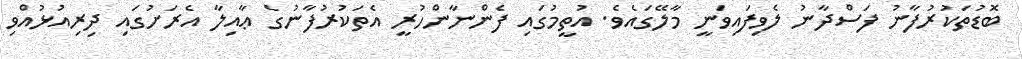
ބޮޑުތަކުރުފާނު ފަސްދާނު ލެވިފައިވަނީ މާލޭގައެވެ. އުތީމުގައި ފެންނާންހުރީ އެތަކުރުފާނުގެ ޢާއިލާ އެރަށުގައި ދިރިއުޅުއްވި